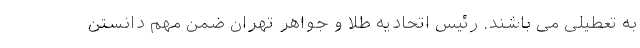
به تعطیلی می باشند. رئیس اتحادیه طلا و جواهر تهران ضمن مهم دانستن